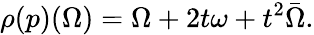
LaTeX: \rho(p)(\Omega)=\Omega+2t\omega+t^{2}\bar{\Omega}.